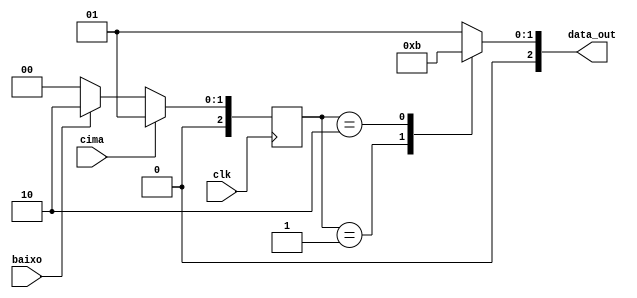
// 4-State Mealy state machine

// A Mealy machine has outputs that depend on both the state and 
// the inputs.  When the inputs change, the outputs are updated
// immediately, without waiting for a clock edge.  The outputs
// can be written more than once per state or per clock cycle.

module mealy_mac
(
	input	clk, cima, baixo,
	output reg [2:0] data_out
);

	// Declare state register
	reg		[2:0]state;
	
	// Declare states
	parameter S0 = 0, S1 = 1, S2 = 2, S3 = 3;
	
	// Determine the next state synchronously, based on the
	// current state and the input
	always @ (state) begin
		case (state)
			//parado
			S0:
				data_out = 4'b0001;
			//cima
			S1:
				data_out = 4'b0010;
			//baixo
			S2:
				data_out = 4'b0011;
			//dont care
			S3:
				data_out = 4'b0001;
			default:
				data_out = 4'b0001;
		endcase
	end
	
	// Determine the output based only on the current state
	// and the input (do not wait for a clock edge).
	always @ (posedge clk)
	begin
		if (cima)
			state <= S1;
		else if (baixo)
			state <= S2;
		else 
			state <= S0;
	end
endmodule